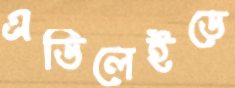
এডিলেইডে